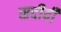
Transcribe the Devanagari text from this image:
सदीदी